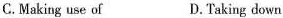
C. making use of D.taking down